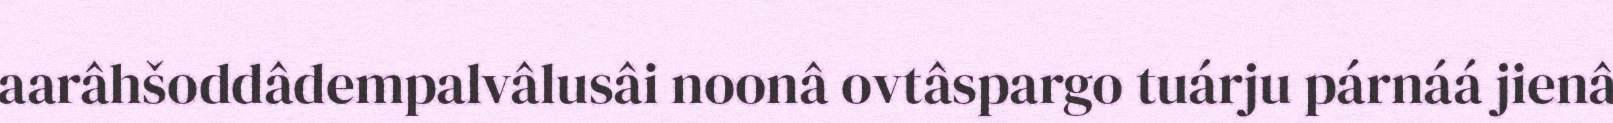
aarâhšoddâdempalvâlusâi noonâ ovtâspargo tuárju párnáá jienâ